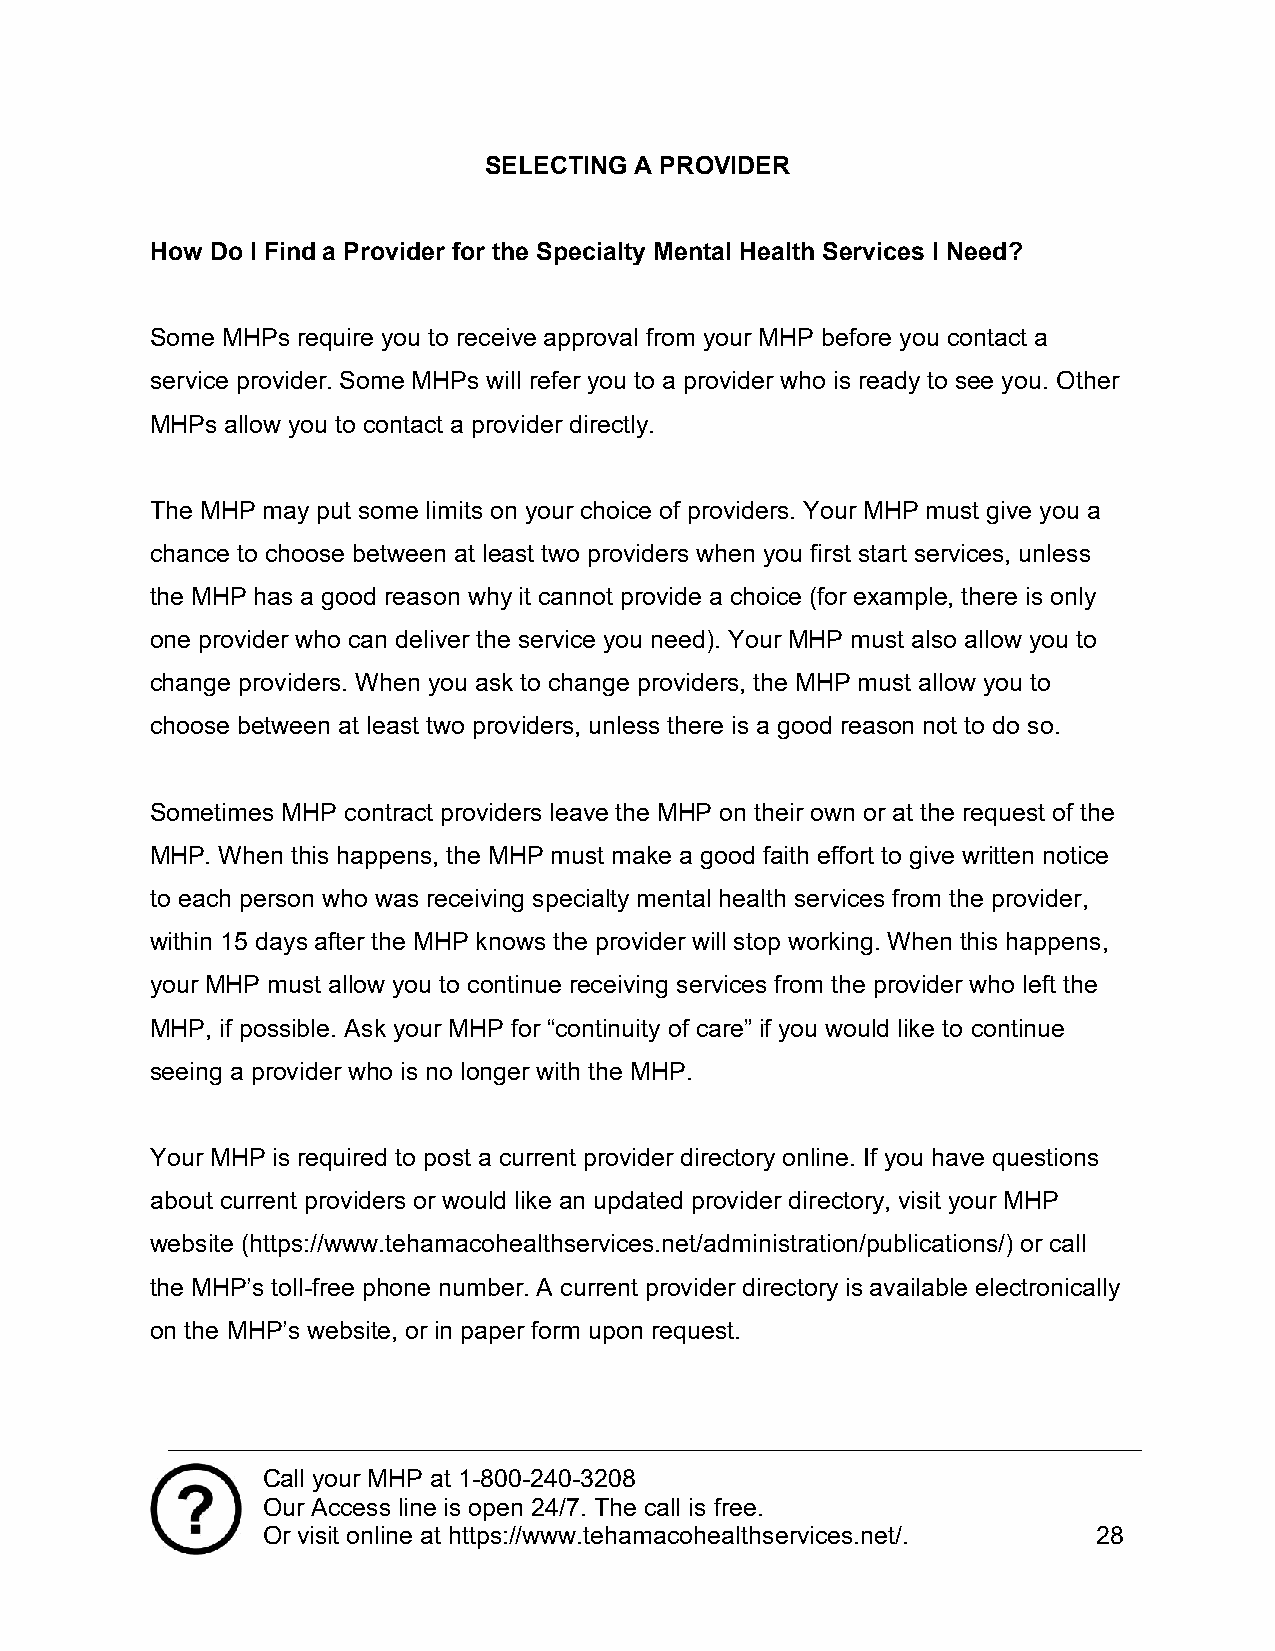
SELECTING A PROVIDER
 How Do I Find a Provider for the Specialty Mental Health Services I Need?
 Some MHPs require you to receive approval from your MHP before you contact a
 service provider. Some MHPs will refer you to a provider who is ready to see you. Other
 MHPs allow you to contact a provider directly.
 The MHP may put some limits on your choice of providers. Your MHP must give you a
 chance to choose between at least two providers when you first start services, unless
 the MHP has a good reason why it cannot provide a choice (for example, there is only
 one provider who can deliver the service you need). Your MHP must also allow you to
 change providers. When you ask to change providers, the MHP must allow you to
 choose between at least two providers, unless there is a good reason not to do so.
 Sometimes MHP contract providers leave the MHP on their own or at the request of the
 MHP. When this happens, the MHP must make a good faith effort to give written notice
 to each person who was receiving specialty mental health services from the provider,
 within 15 days after the MHP knows the provider will stop working. When this happens,
 your MHP must allow you to continue receiving services from the provider who left the
 MHP, if possible. Ask your MHP for “continuity of care” if you would like to continue
 seeing a provider who is no longer with the MHP.
 Your MHP is required to post a current provider directory online. If you have questions
 about current providers or would like an updated provider directory, visit your MHP
 website (https://www.tehamacohealthservices.net/administration/publications/) or call
 the MHP’s toll-free phone number. A current provider directory is available electronically
 on the MHP’s website, or in paper form upon request.
 Call your MHP at 1-800-240-3208
 Our Access line is open 24/7. The call is free.
 Or visit online at https://www.tehamacohealthservices.net/. 28